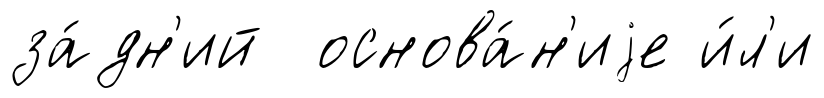
за́дн'ий основа́н'иjе и́л'и